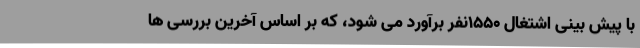
با پیش بینی اشتغال 1550نفر برآورد می شود، که بر اساس آخرین بررسی ها